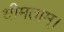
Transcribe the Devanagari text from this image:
धीमताम्।